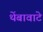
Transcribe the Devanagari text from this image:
थेंबावाटे